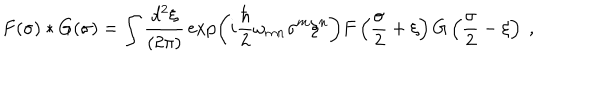
LaTeX: F ( \sigma ) \ast G ( \sigma ) = \int { \frac { d ^ { 2 } \xi } { ( 2 \pi ) } } \exp \left( i { \frac { \hbar } { 2 } } \omega _ { m n } \sigma ^ { m } \xi ^ { n } \right) F \left( { \frac { \sigma } { 2 } } + \xi \right) G \left( { \frac { \sigma } { 2 } } - \xi \right) \ ,